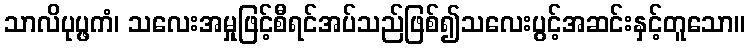
သာလိပုပ္ဖကံ၊ သလေးအမှုဖြင့်စီရင်အပ်သည်ဖြစ်၍သလေးပွင့်အဆင်းနှင့်တူသော။